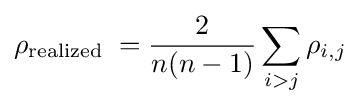
\rho _{\text{realized }}={\frac {2}{n(n-1)}}\sum _{i>j}{\rho _{i,j}}